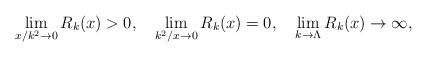
LaTeX: \begin{align*}\lim_{x/k^2\to 0} R_k(x)>0,\quad\lim_{k^2/x\to 0} R_k(x)=0, \quad\lim_{k\to\Lambda} R_k(x)\to \infty,\end{align*}